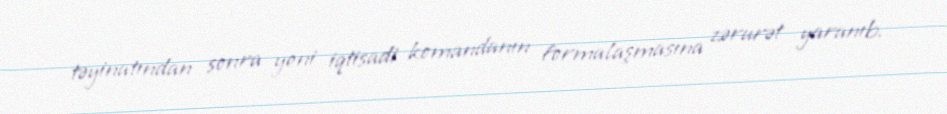
təyinatından sonra yeni iqtisadi komandanın formalaşmasına zərurət yaranıb.